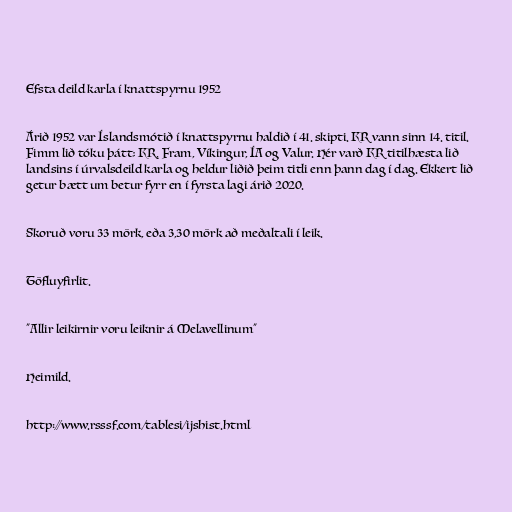
Efsta deild karla í knattspyrnu 1952

Árið 1952 var Íslandsmótið í knattspyrnu haldið í 41. skipti. KR vann sinn 14. titil.
Fimm lið tóku þátt; KR, Fram, Víkingur, ÍA og Valur. Hér varð KR titilhæsta lið
landsins í úrvalsdeild karla og heldur liðið þeim titli enn þann dag í dag. Ekkert lið
getur bætt um betur fyrr en í fyrsta lagi árið 2020.

Skoruð voru 33 mörk, eða 3,30 mörk að meðaltali í leik.

Töfluyfirlit.

"Allir leikirnir voru leiknir á Melavellinum"

Heimild.

http://www.rsssf.com/tablesi/ijshist.html